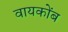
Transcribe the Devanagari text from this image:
वायकोंब